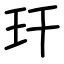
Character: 玕